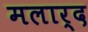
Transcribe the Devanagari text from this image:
मलार्द